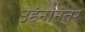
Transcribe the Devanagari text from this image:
उद्दंनांनंतर